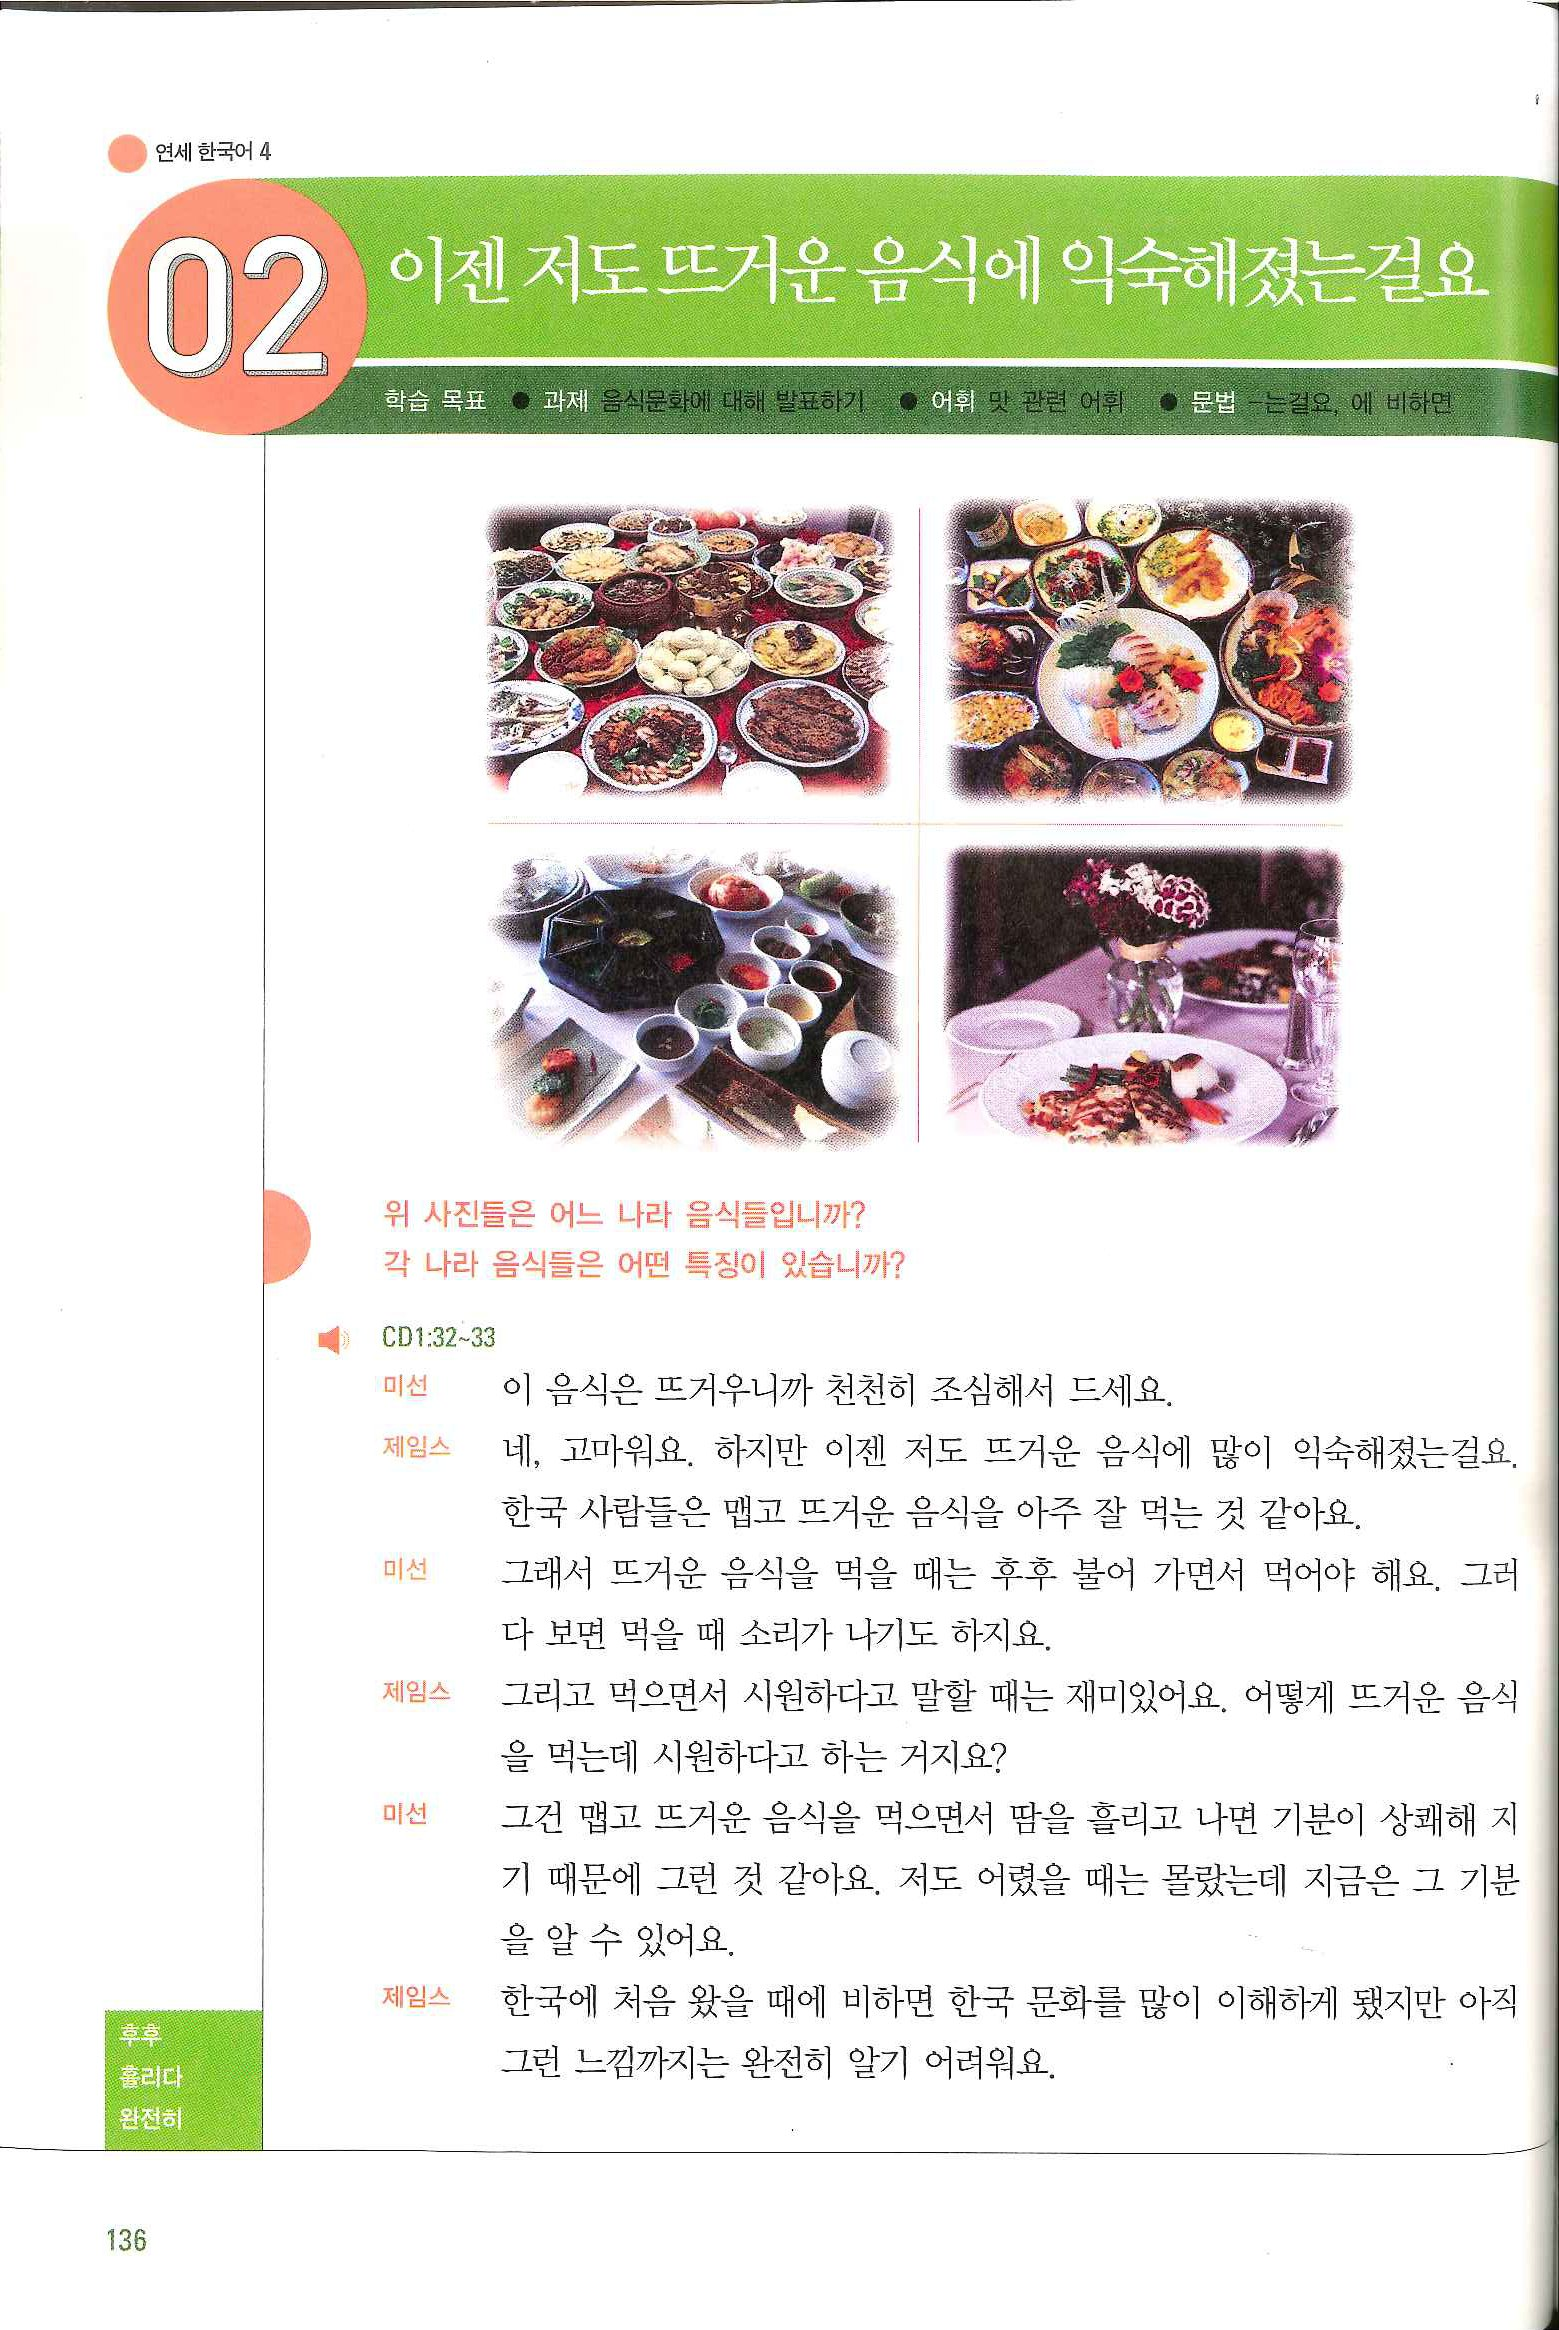
Language: ko